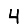
Digit: 4